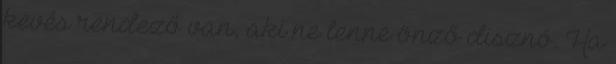
kevés rendező van, aki ne lenne önző disznó. Ha